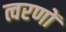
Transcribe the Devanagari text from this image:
त्वरणों